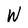
Character: W